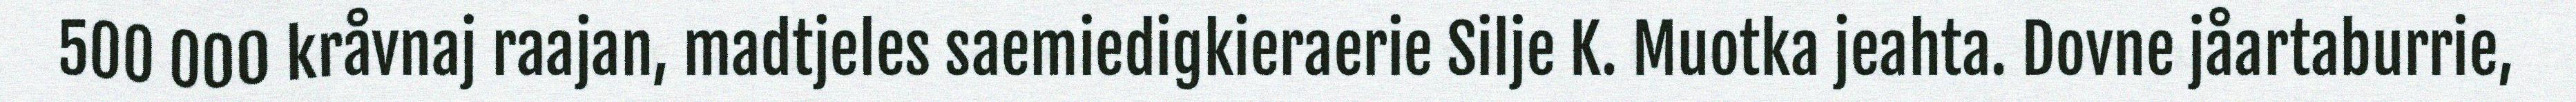
500 000 kråvnaj raajan, madtjeles saemiedigkieraerie Silje K. Muotka jeahta. Dovne jåartaburrie,